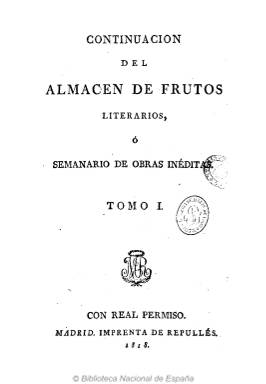
Título: Continuación del Almacén de frutos literarios o Semanario de obras inéditas
Otros títulos: Semanario de obras inéditas
Colección: Literatura || Cultura
Ámbito geográfico: Madrid
Lugar de publicación: Madrid
Fechas: 01/01/1818-05/07/1819

Como el mismo título indica, pretendió no ser otra cosa que continuar la obra periódica semanal Almacén de frutos literarios inéditos de nuestros mejores autores antiguos y modernos, publicada en 1804 por el periodista y escritor ilustrado Antonio Valladares Sotomayor (1737-1820), en el que se daban a conocer manuscritos de diversos escritores españoles, y, tras publicar dos entregas, quedar suspendida por orden del primer ministro Manuel Godoy (1767-1851), al haber incluido la obra Apuntes sobre el bien y el mal de España, del abate Miguel Antonio de la Gándara (1719-1783).

De nuevo, en un periodo oscuro, como en el primero del absolutismo fernandino, Valladares solicita en 1818 dar continuidad a esta obra periódica, que, antes de aparecer, acabó siendo adquirida por el antiguo afrancesado Francisco Javier de Burgos (1778-1848), quien había regresado clandestinamente de su exilio dispuesto a “purificarse” políticamente.

No se trata pues de un periódico al uso con informaciones o noticias de actualidad, sino de una recopilación de obras no impresas, como “propagación de conocimientos útiles”, y en cuyas anotaciones se reflejará el espíritu y las ideas de su editor, tal como señala Manuel Morán Ortí (1988 y 2016), autor que ha estudiado esta producción periódica. Anotaciones que se referirán a cuestiones de economía y comercio o de carácter jurídico y de gobierno, llegando a opinar contra la pena de muerte.

Sus entregas, en 4º, serán semanales (salía los lunes) y de 48 páginas cada una. La primera aparece el 11 de agosto de 1818, y hasta la número seis tendrá una tirada de mil ejemplares, sabiéndose que en noviembre de ese año ya contaba con dos o tres centenares de suscriptores, entre los que se encontraba el propio monarca. Precisamente, la quinta y sexta entregas, tuvieron que ser recogidas de las librerías por orden de la Inquisición, “porque su despistado censor había dado el visto bueno” a la publicación de unas Máximas de las que era autor el secretario de Felipe II, Antonio Pérez.

La colección de este título lo integran 48 números, que forman ocho tomos, y estos, dos volúmenes. Cada tomo lleva paginación propia continuada. La última entrega corresponderá al cinco de julio de 1819, y al final de esta, su editor inserta un índice. De Burgos comenzaría a publicar a partir del uno de noviembre de ese año un nuevo periódico: Miscelánea de comercio, artes y literatura.

Sobre el Almacén… publicado en 1804 por Valladares se hicieron varias reimpresiones, algunas de las cuales forman también parte de la colección de la Biblioteca Nacional de España, como la de Lyon (1804), Villanueva y Geltrú (1813), Cádiz (1813) o Madrid (1820), así como las de Santiago de Compostela (1814) o Perpiñán (1818).